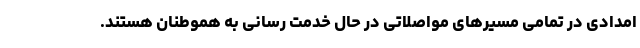
امدادی در تمامی مسیرهای مواصلاتی در حال خدمت رسانی به هموطنان هستند.